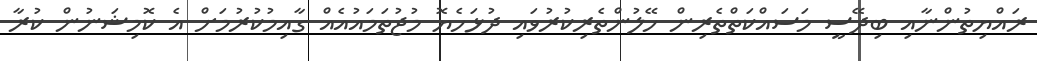
ރައްޔިތުންނާއި ބިދޭސީ މަސައްކަތްތެރިން ހޭލުންތެރިކުރުވައި ދުޅަހެޔޮ މުޖުތަމައުއެއް ގާއިމުކުރުމަށް އެ ކޮމިޝަނުން ކުރާ